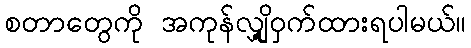
စတာတွေကို အကုန်လျှို့ဝှက်ထားရပါမယ်။